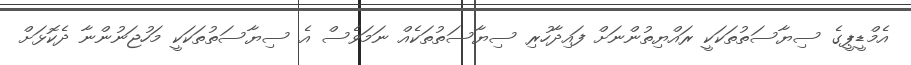
އެމްޑީޕީގެ ސިޔާސަތުތަކަކީ ރައްޔިތުންނަށް ފައިދާހުރި ސިޔާސަތުތަކެއް ނަމަވެސް އެ ސިޔާސަތުތަކަކީ މަހުޖަނުންނާ ދެކޮޅަށް